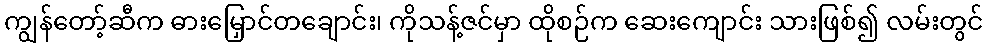
ကျွန်တော့်ဆီက ဓားမြှောင်တချောင်း၊ ကိုသန့်ဇင်မှာ ထိုစဉ်က ဆေးကျောင်း သားဖြစ်၍ လမ်းတွင်